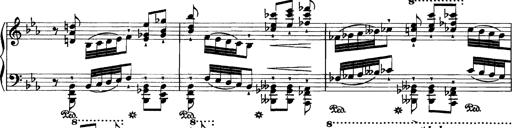
Title: Grandes Etudes
Composer: Franz Liszt